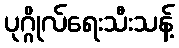
ပုဂ္ဂိုလ်ရေးသီးသန့်